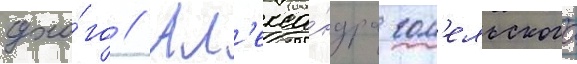
сухо́го // Ал'екса́ндра гом'ельского